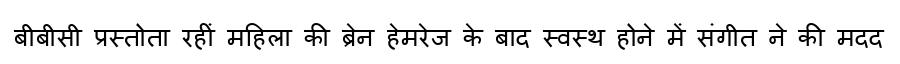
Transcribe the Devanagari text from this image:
बीबीसी प्रस्तोता रहीं महिला की ब्रेन हेमरेज के बाद स्वस्थ होने में संगीत ने की मदद